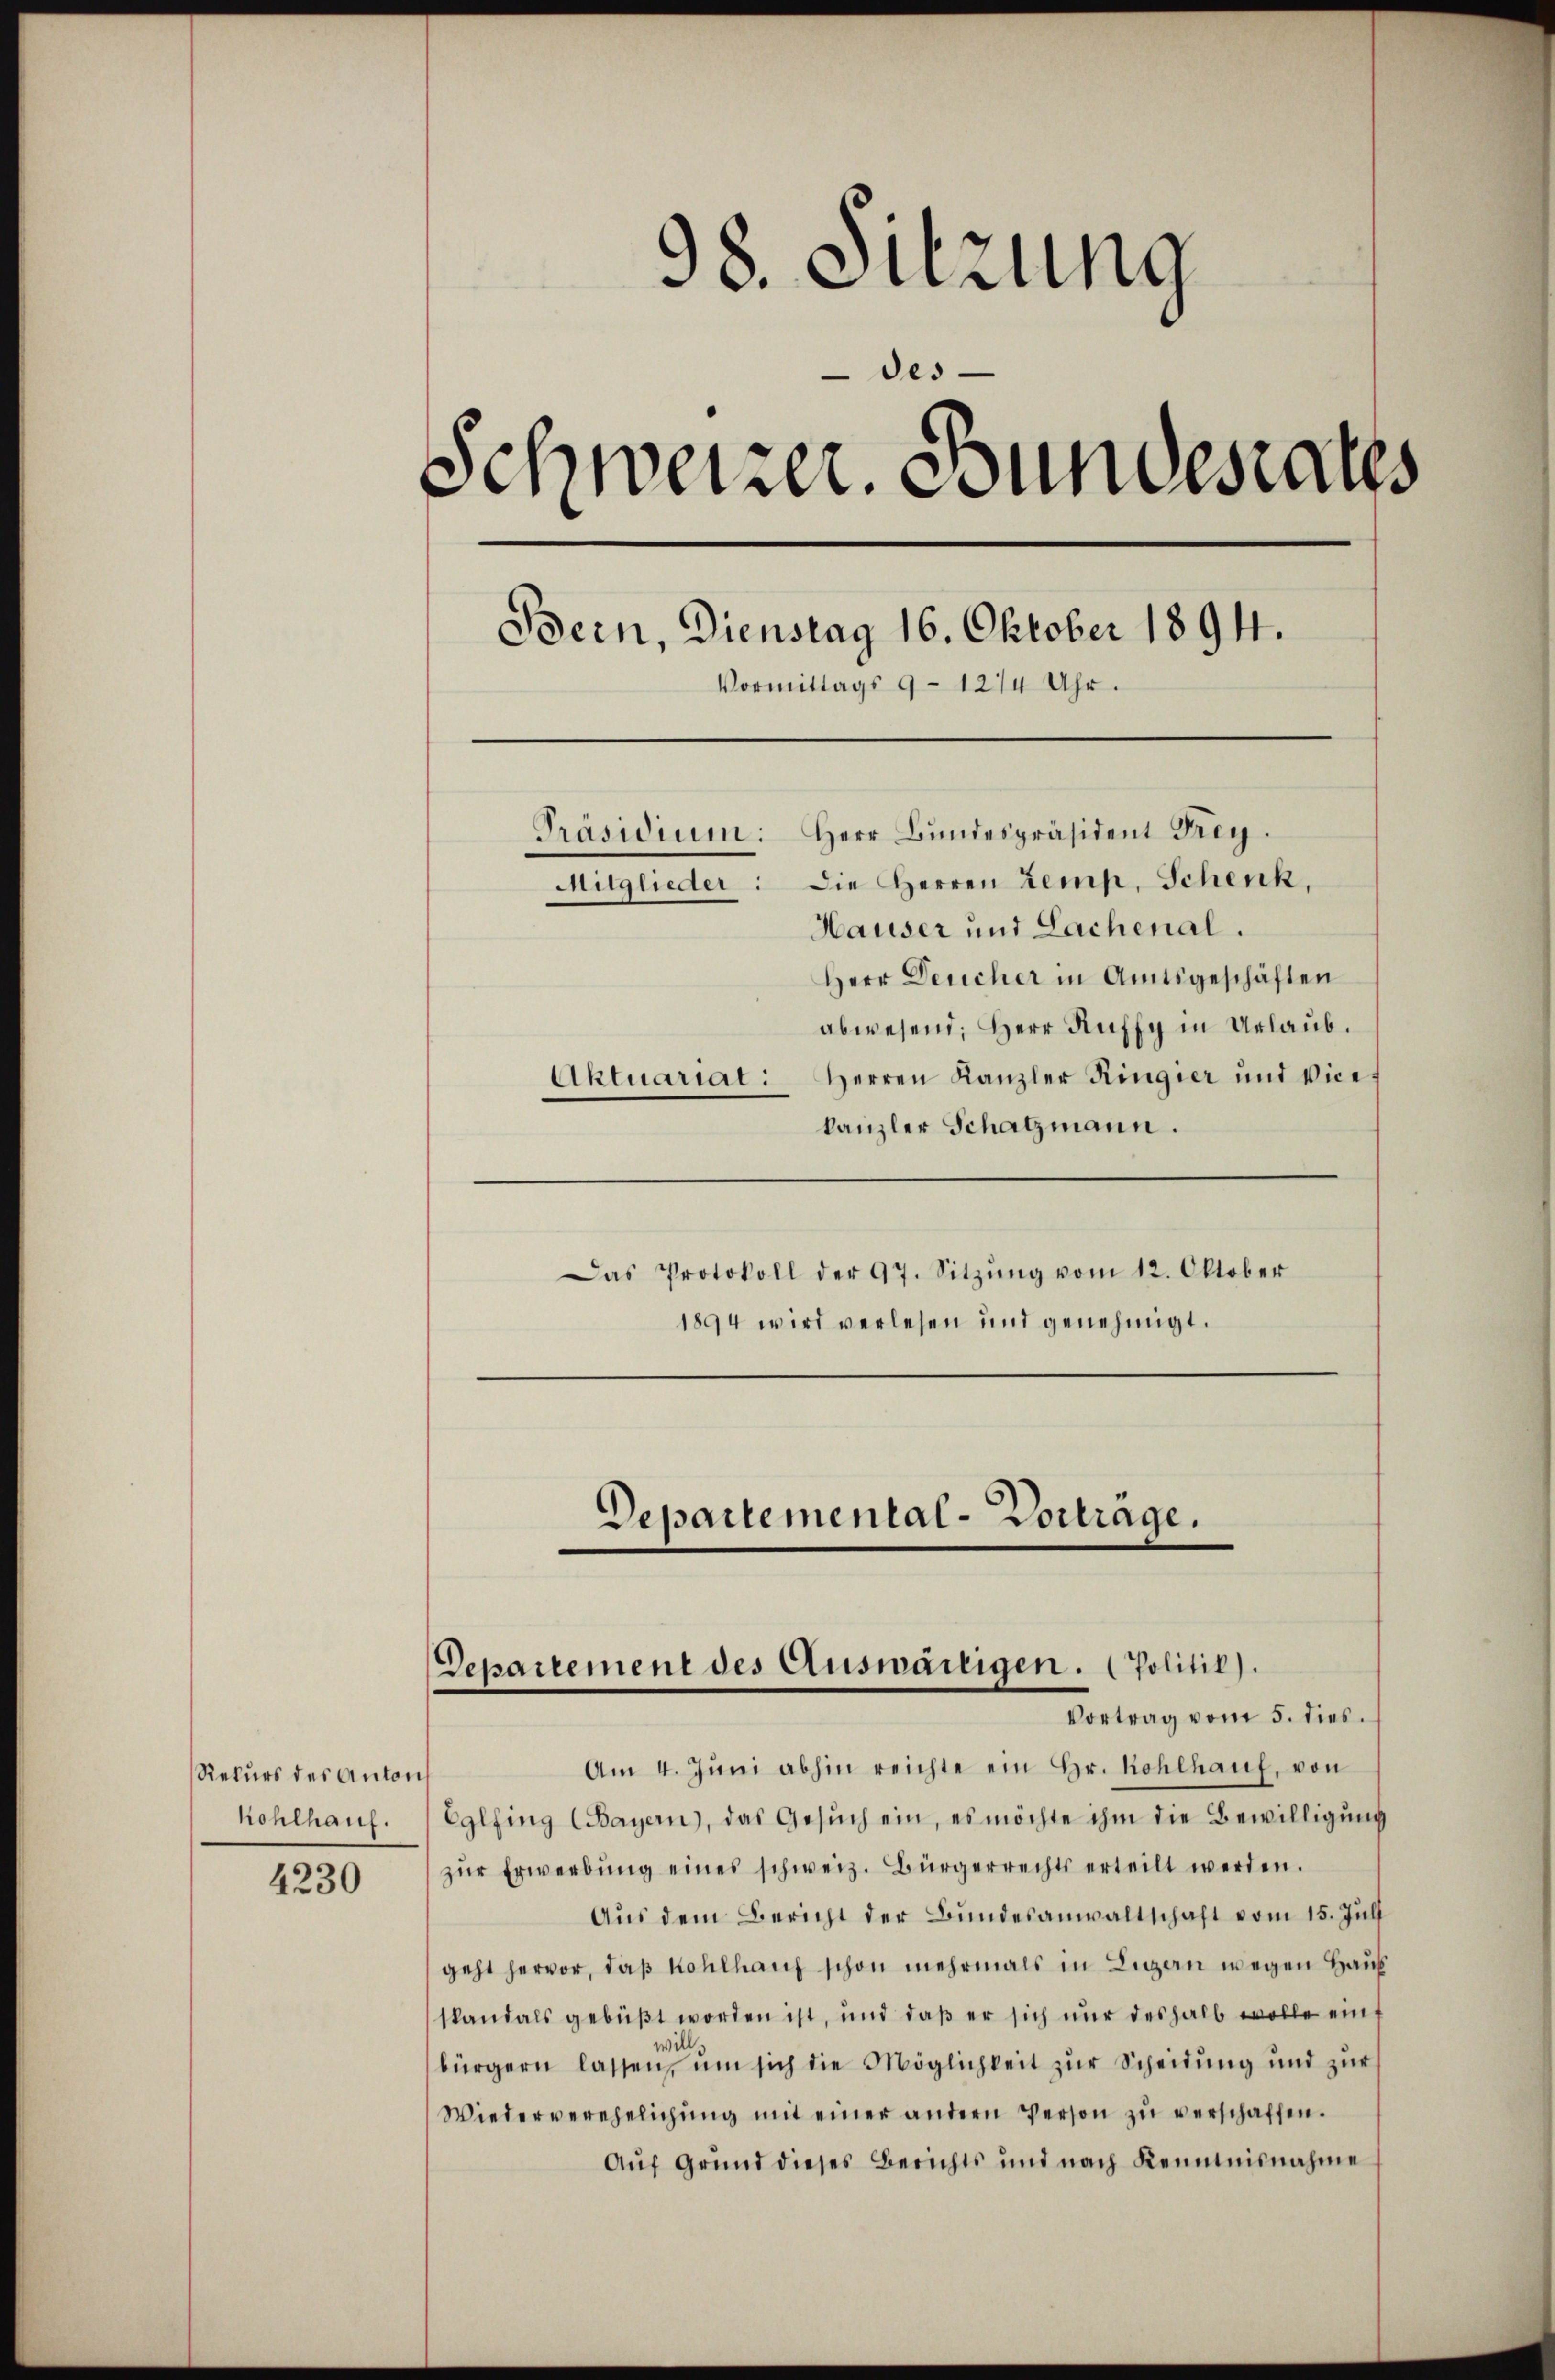
Rekurs des Anton
hohlhauf.

4230

98. Sitzung
des.
Schweizer. Bundesrates
Bern, Dienstag 16. Oktober 1894.
Vormittags 9 - 12/4 Uhr.
Präsidium: Herr Bŭndespräsident Frey.
Mitglieder: Die Herren Lemp, Schenk,
Hauser und Lachenal.
Herr Deucher in Amtsgeschäften
abwesend: Herr Kuffy in Urlaub.
Aktuariat: Herren Kanzler Ringier und Vice¬

kanzler Schatzmann.
Das Protokoll der 97. Sitzŭng vom 12. Oktober
1894 wird verlesen und genehmigt.
Departemental-Vortrage.

Departement des Auswärtigen. (Politik).
Vortrag vom 5. dies

Am 4. Jŭni abhin reichte ein Hr. Kohlhauf, von
Eglfing (Bayern), das Gesŭch ein, es möchte ihm die Bewilligŭng
zŭr Erwerbŭng eines schweiz. Bürgerrechts erteilt werden.
Aus dem Bericht der Bundesanwaltschaft vom 15. Juli
geht hervor, daß Kohlhauf schon mehrmals in Lugan wegen Haus
skandals gebüßt worden ist, und daβ er sich nŭr deshalb wolle einbürgern lassen, um sich die Möglichkeit zur Scheidung und zur
Wiederverehelichŭng mit einer andern Person zŭ verschaffen.
Auf Grund dieses Berichts und nach Kenntnisnahme